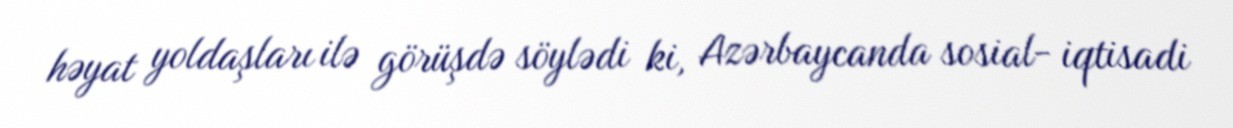
həyat yoldaşları ilə görüşdə söylədi ki, Azərbaycanda sosial- iqtisadi